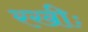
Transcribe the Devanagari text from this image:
रखीः